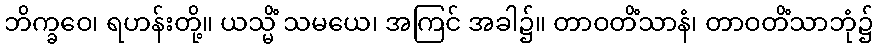
ဘိက္ခဝေ၊ ရဟန်းတို့။ ယသ္မိံ သမယေ၊ အကြင် အခါ၌။ တာဝတိံသာနံ၊ တာဝတိံသာဘုံ၌